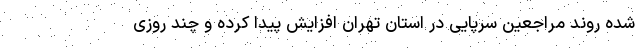
شده روند مراجعین سرپایی در استان تهران افزایش پیدا کرده و چند روزی